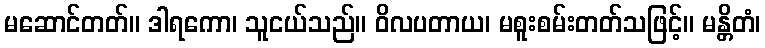
မဆောင်တတ်။ ဒါရကော၊ သူငယ်သည်။ ဝိလပတာယ၊ မစူးစမ်းတတ်သဖြင့်။ မန္တိတံ၊